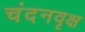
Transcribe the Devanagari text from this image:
चंदनवृक्ष